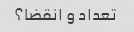
تعداد و انقضا؟